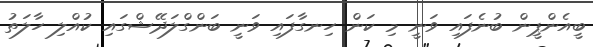
ބީއެންޕީން ބުނެފައި ވަނީ މި ކަން ހިނގާފައި ވަނީ ބަންގްލަދޭޝްގައި ކުއްލި ހާލަތު